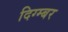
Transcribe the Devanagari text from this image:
दिग्म्बर